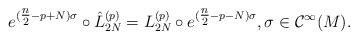
LaTeX: \begin{align*} e^{(\tfrac n2 -p+N)\sigma} \circ\hat{L}_{2N}^{(p)}= L_{2N}^{(p)}\circ e^{(\tfrac n2 -p-N)\sigma},\sigma\in \mathcal{C}^\infty(M) . \end{align*}